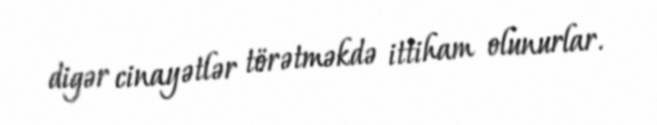
digər cinayətlər törətməkdə ittiham olunurlar.